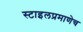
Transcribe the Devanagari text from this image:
स्टाइलप्रमाणेच